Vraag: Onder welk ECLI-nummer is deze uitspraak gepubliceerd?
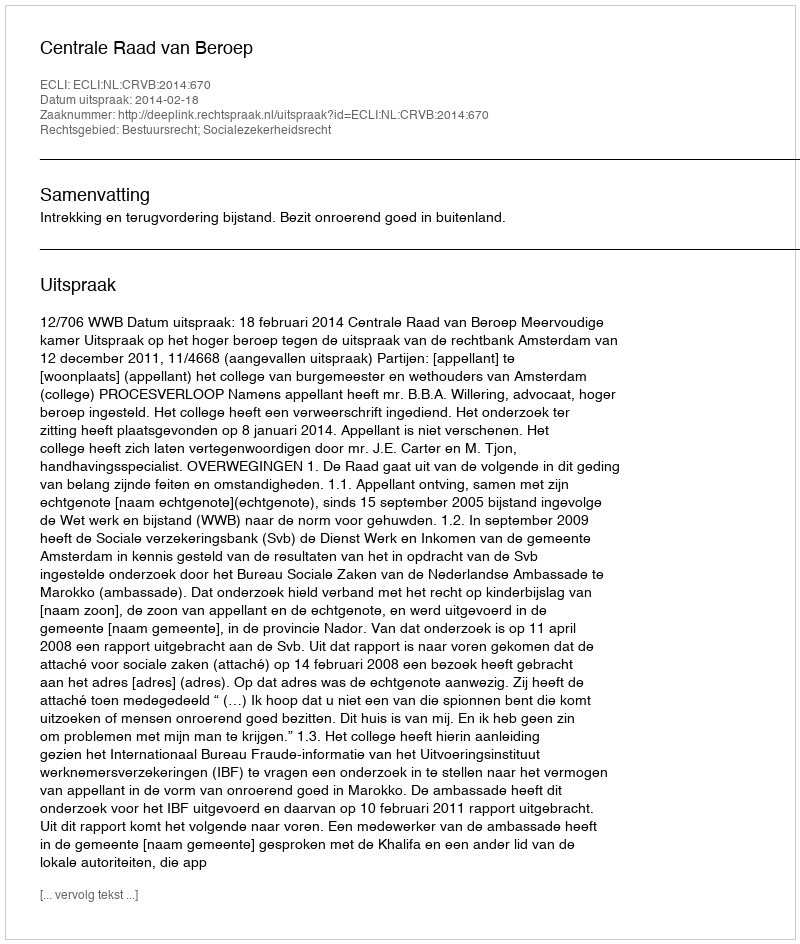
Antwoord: ECLI:NL:CRVB:2014:670